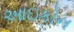
આઇકોન